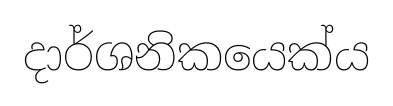
දාර්ශනිකයෙක්ය